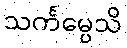
သင်္ကမ္ပေသိ